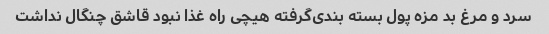
سرد و مرغ بد مزه پول بسته بندی‌گرفته هیچی راه غذا نبود قاشق چنگال نداشت